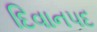
દિવાનપદ